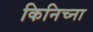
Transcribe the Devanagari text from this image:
किनिच्ना